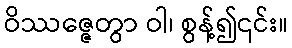
ဝိဿဇ္ဇေတွာ ဝါ၊ စွန့်၍၎င်း။